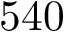
5 4 0